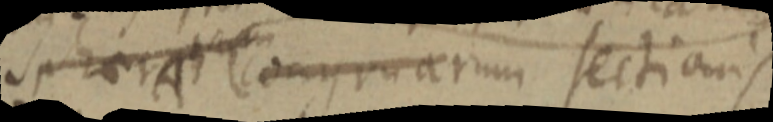
sphera congruarum sectionis